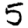
Digit: 5